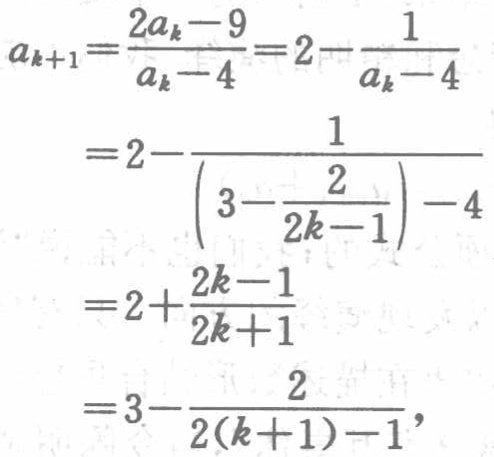
\[

\begin{align*}

a_{k + 1}&=\frac{2a_{k}-9}{a_{k}-4}=2-\frac{1}{a_{k}-4}\\

&=2-\frac{1}{\left(3-\frac{2}{2k - 1}\right)-4}\\

&=2+\frac{2k - 1}{2k + 1}\\

&=3-\frac{2}{2(k + 1)-1},

\end{align*}

\]